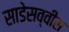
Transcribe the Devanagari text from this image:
साडेसव्वीस